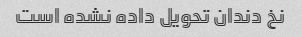
نخ دندان تحویل داده نشده است